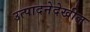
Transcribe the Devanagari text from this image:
उत्पादनेदेखील